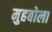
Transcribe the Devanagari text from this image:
मुहबोला